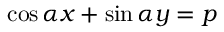
\cos \alpha x + \sin \alpha y = p